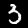
Label: 3